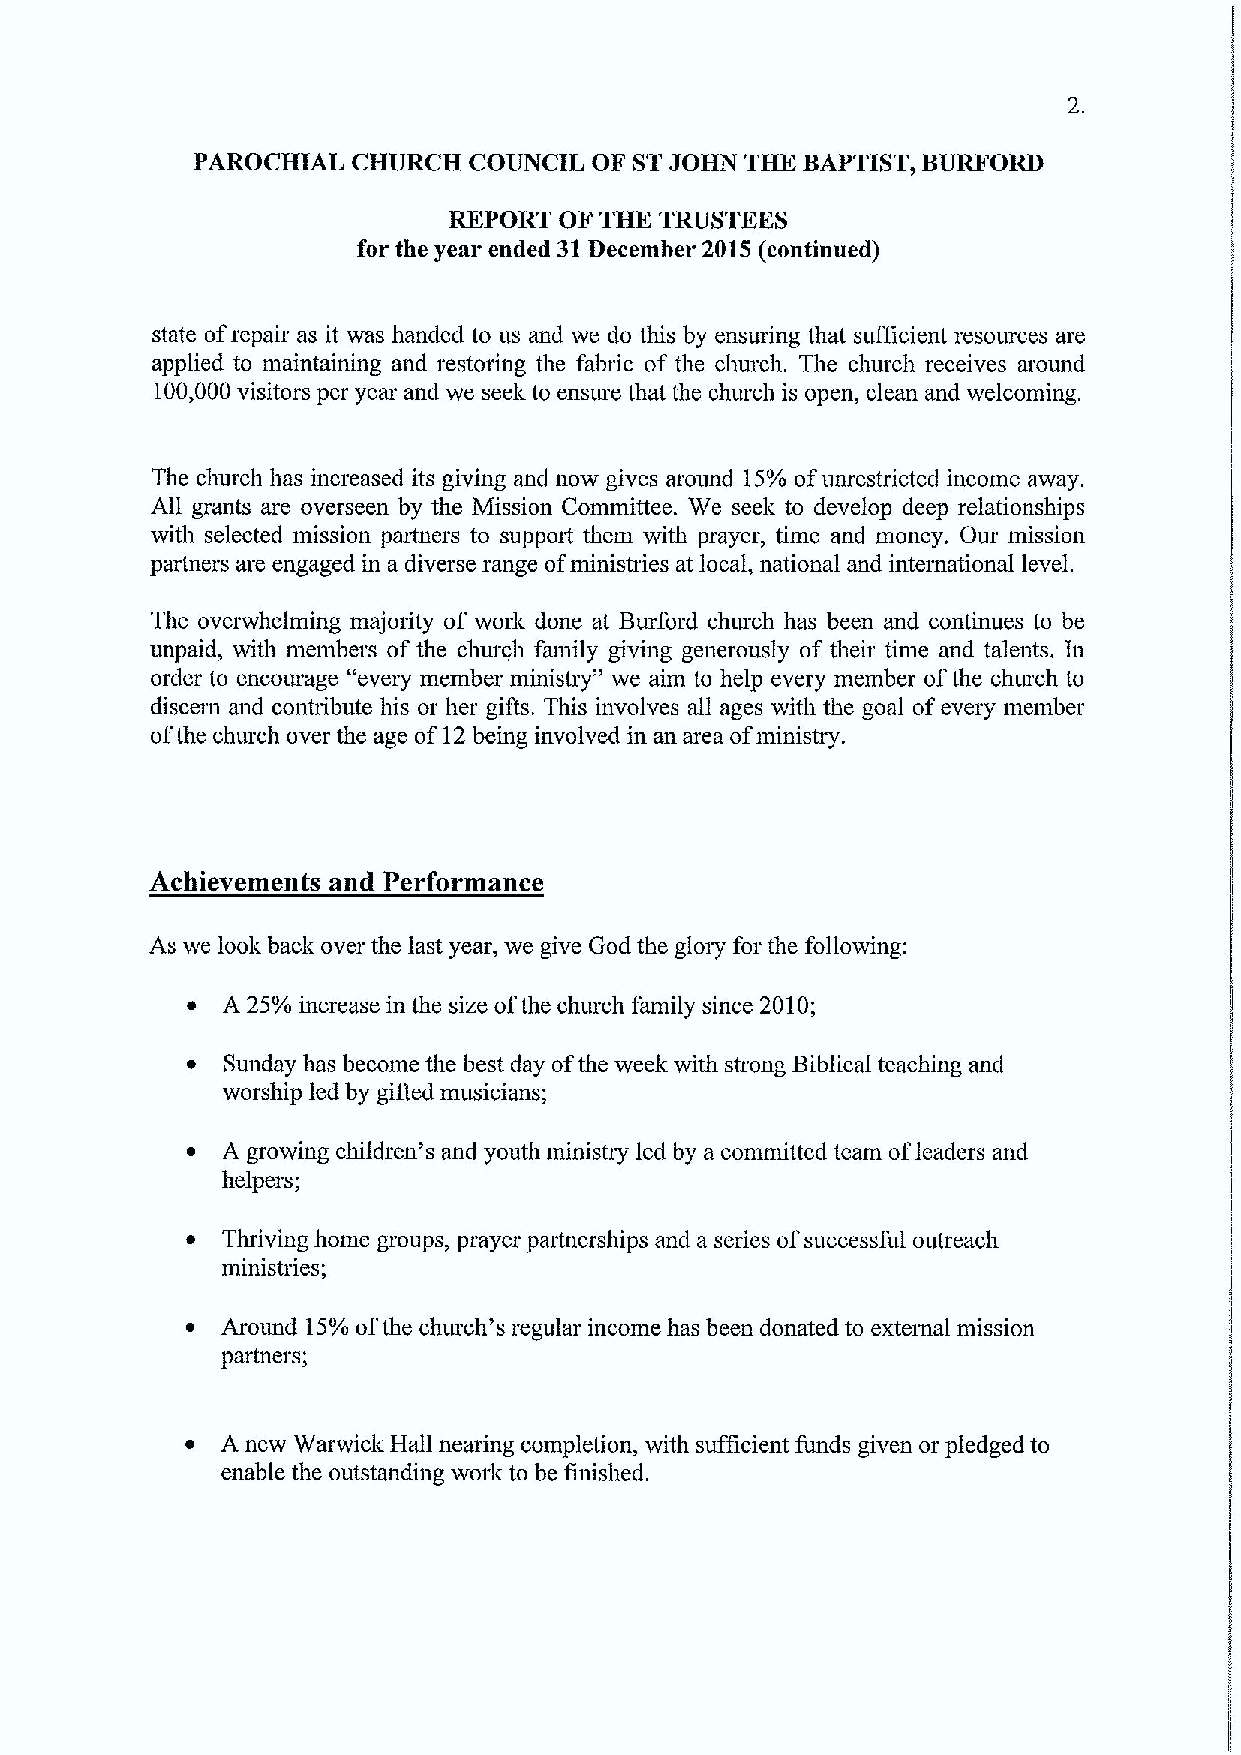
PAROCHIAL CHURCH  COUNCIL OF STJOHN THE BAPTIST, BURFORD
 REPORT OF THE TRUSTEES
 for the year ended 31December 2015(continued)
 state ofrepair as it was handed to us and we do this by ensuring that sufficient resources are
 applied to maintaining and restoring the fabric of the church. The church receives around
 100,000visitors per year and we seek to ensure that the church is open, clean and welcoming.
 The church has increased its giving and now gives around 15%ofunrestricted income away.
 All grants are overseen by the Mission Committee. We seek to develop deep relationships
 with selected mission partners to support them with prayer, time and money. Our mission
 partners are engaged in a diverse range ofministries at local, national and international level.
 The overwhelming majority of work done at Burford church has been and continues to be
 unpaid, with members of the church family giving generously of their time and talents. In
 order to encourage "every member ministry" we aim to help every member ofthe church to
 discern and contribute his or her gifts. This involves all ages with the goal ofevery member
 ofthe church over the age of12being involved in an area ofministry.
 Achievements and Performance
 As we look back over the last year, we give God the glory for the follovdng:
 ~  A 25% increase in the size ofthe church family since 2010;
 ~  Sunday has become the best day ofthe week with snong Biblical teaching and
 worship led by gifted musicians;
 ~  A growing children's and youth ministry led by a committed team ofleaders and
 helpers;
 ~  Thriving home groups, prayer partnerships and a series ofsuccessful outreach
 ministries;
 ~  Around 15%ofthe church's regular income has been donated to external mission
 partners;
 ~  A new Warwick Hall nearing completion, with sufficient funds given or pledged to
 enable the outstanding work to be finished.